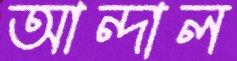
আন্দাল